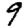
Digit: 9